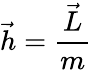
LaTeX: {\vec{h}}={\frac{\vec{L}}{m}}